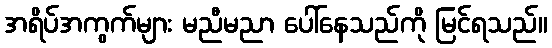
အရိပ်အကွက်များ မညီမညာ ပေါ်နေသည်ကို မြင်ရသည်။